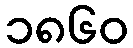
၁၈၆၀